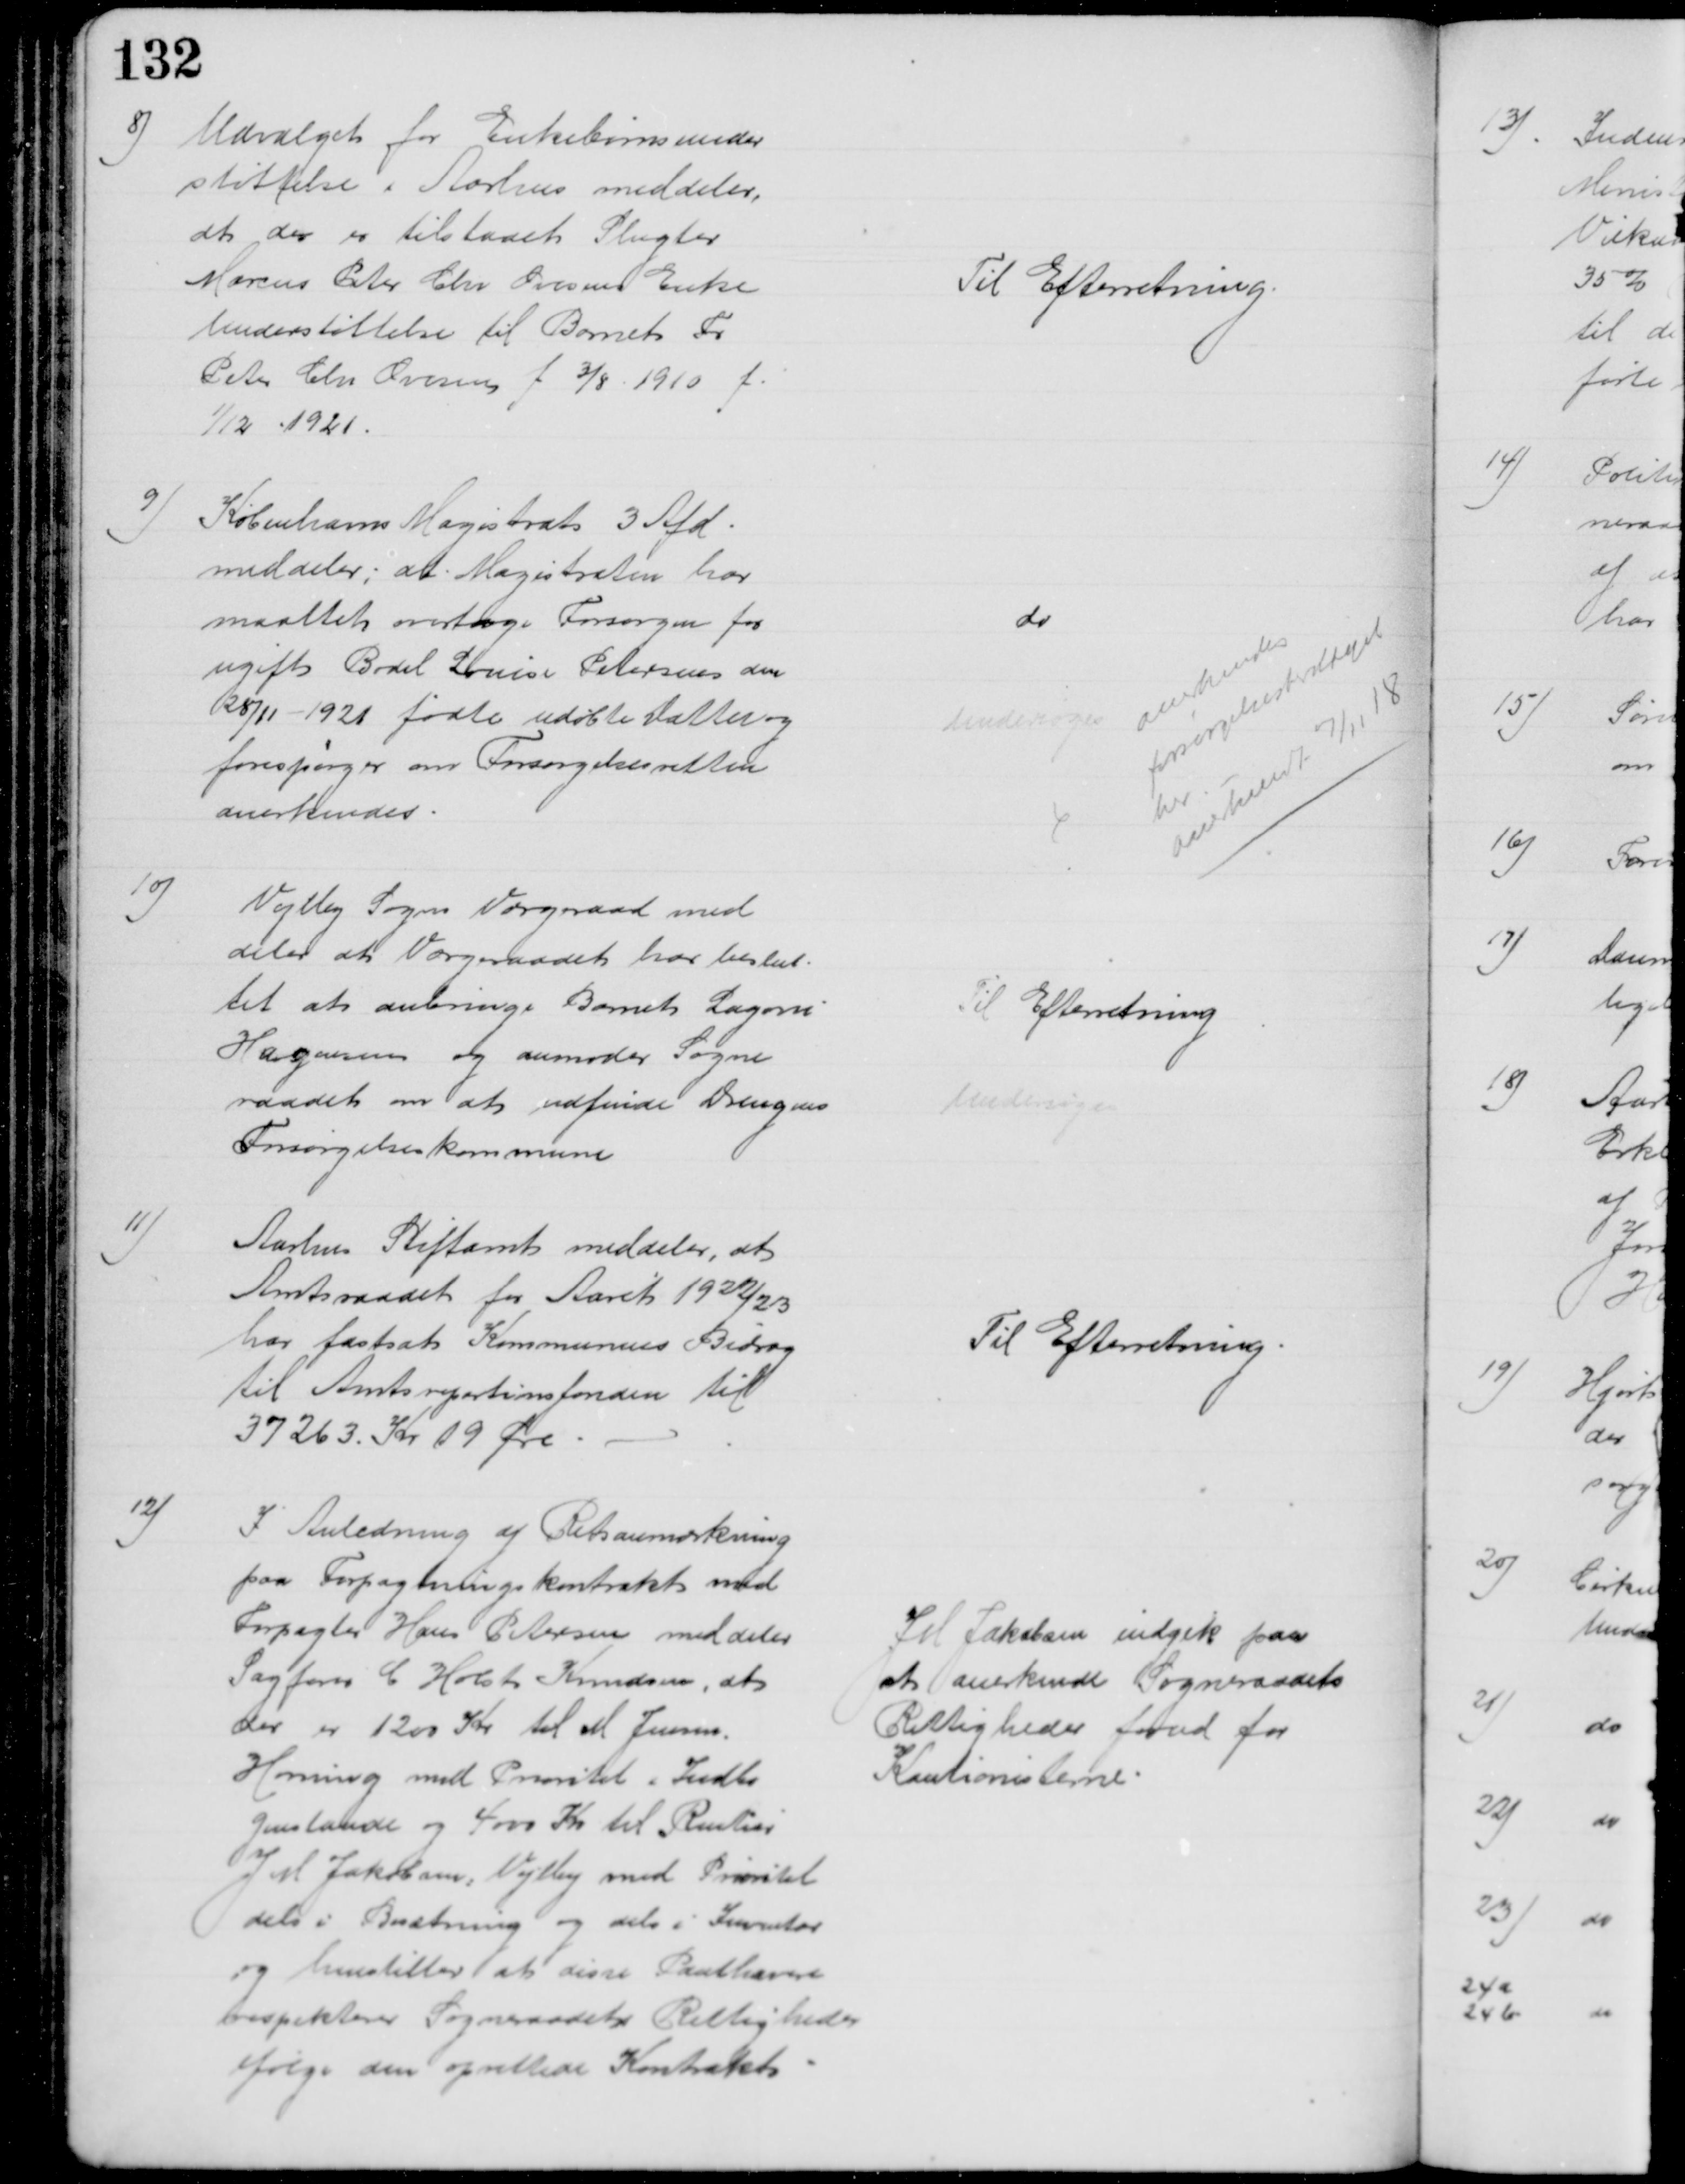
Transskription:
8)
Udvalget for Enkebørnsunder
støttelse i Aarhus meddeler,
at der er tilstaaet Slagter
Marcus Peter Chr Ovesens Enke
Understøttelse til Barnet Fr
Peter Chr Ovesen f 3/8 1910 f.
1/12 1921.
Til Efterretning.
9)
Københavns Magistrat 3 Afd.
meddeler, at Magistraten har 
maattet overtage Forsorgen for 
ugift Bodil Louise Petersens den
28/11 - 1921 fødte udøbte Datter og 
forespørger om Forsørgelsesretten
anerkendes.
do
Undersøges
anerkendes
forsørgelsesberettiget
her
anerkendt 7/11 18
10)
Vejlby Sogns Værgeraad med
deler at Værgeraadet har beslut-
tet at anbringe Barnet Lagoni
Hagensen og anmoder Sogne
raadet om at udfinde Drengens
Forsørgelseskommune
Til Efterretning
Undersøges
11)
Aarhus Stiftamt meddeler, at
Amtsraadet for Aaret 1922/23
har fastsat Kommunens Bidrag
til Amtsrepartionsfonden til
37263 Kr 19 Øre
Til Efterretning
12)
I Anledning af Retsanmærkning
paa Forpagtningskontrakt med
Forpagter Hans Petersen meddeler
Sagfører C Holst Knudsen, at
der er 1200 Kr til M Jensen.
Hørning med Prioritet i Indbo
genstande og 4000 Kr til Rentier
J M Jakobsen, Vejlby med Prioritet
dels i Besætning og dels i Inventar
og henstiller at disse Panthavere
respekterer Sogneraadets Rettigheder
ifølge den oprettede Kontrakt
J M Jakobsen indgik paa
at anerkende Sogneraadets
Rettigheder forud for
Kautionisterne.